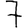
Digit: 7